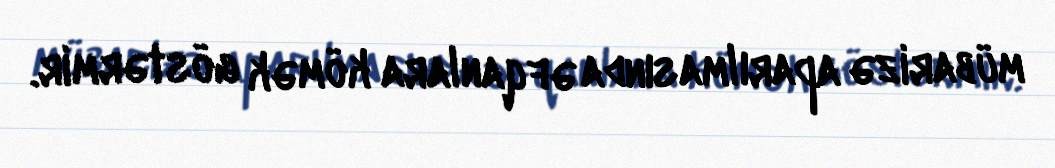
mübarizə aparılmasında əfqanlara kömək göstərmir.